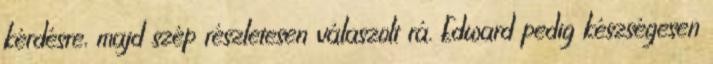
kérdésre, majd szép részletesen válaszolt rá. Edward pedig készségesen